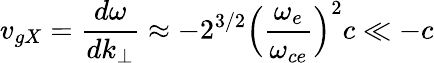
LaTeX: v_{gX}=\frac{d\omega}{dk_{\perp}}\approx-2^{3/2}\Big(\frac{\omega_{e}}{\omega_{ce}}\Big)^{2}c\ll-c